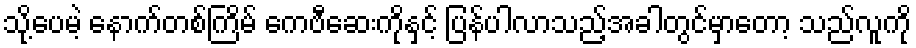
သို့ပေမဲ့ နောက်တစ်ကြိမ် ကေဗီဆေးကိုနှင့် ပြန်ပါလာသည့်အခါတွင်မှာတော့ သည်လူကို